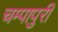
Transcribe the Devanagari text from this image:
चम्‍पापुरी